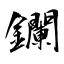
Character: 鑭